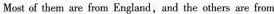
Most of them are from England,and the others are from